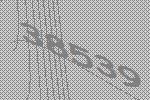
38539